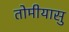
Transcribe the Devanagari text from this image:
तोमीयासु